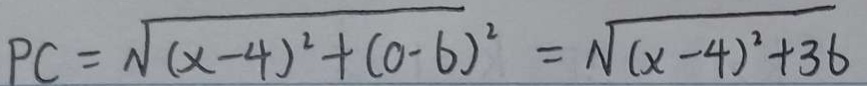
P C = \sqrt { ( x - 4 ) ^ { 2 } + ( 0 - 6 ) ^ { 2 } } = \sqrt { ( x - 4 ) ^ { 2 } + 3 6 }